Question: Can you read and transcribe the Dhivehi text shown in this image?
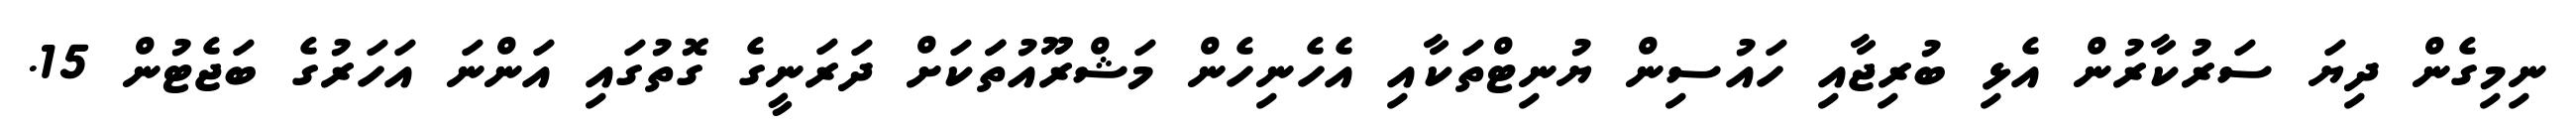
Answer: ނިމިގެން ދިޔަ ސަރުކާރުން އެޅި ބުރިޖާއި ހައުސިން ޔުނިޓްތަކާއި އެހެނިހެން މަޝްރޫއުތަަކަށް ދަރަނީގެ ގޮތުގައި އަންނަ އަހަރުގެ ބަޖެޓުން 15.